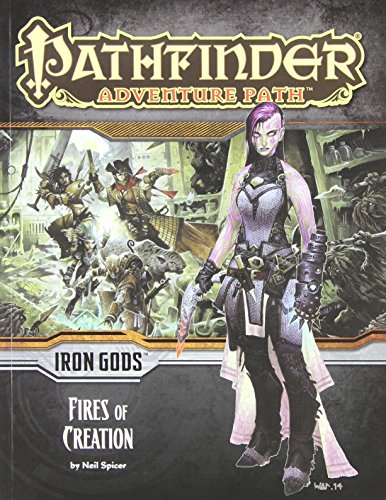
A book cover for Pathfinder Adventure Path: Iron Gods Part 1 - Fires of Creation; Mark Garringer; Science Fiction & Fantasy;